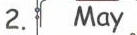
2.May